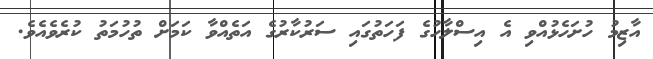
އާޒިމު ހުށަހެޅުއްވި އެ އިސްލާހުގެ ފަހަތުގައި ސަރުކާރުގެ އަތެއްވާ ކަމަށް ތުހުމަތު ކުރެވެއެވެ.